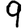
Digit: 9